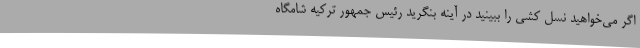
اگر می‌خواهید نسل کشی را ببینید در آینه بنگرید رئیس جمهور ترکیه شامگاه